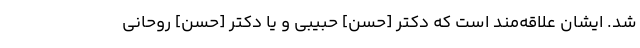
شد. ایشان علاقه‌مند است که دکتر [حسن] حبیبی و یا دکتر [حسن] روحانی